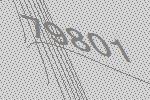
79801